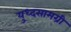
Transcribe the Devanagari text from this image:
युध्दसामग्री